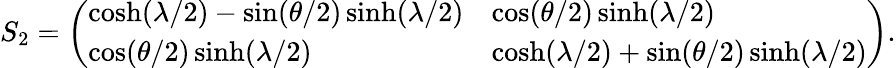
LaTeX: S_{2}=\left(\begin{array}{ll}{{\cosh(\lambda/2)-\sin(\theta/2)\sinh(\lambda/2)}}&{{\cos(\theta/2)\sinh(\lambda/2)}}\\ {{\cos(\theta/2)\sinh(\lambda/2)}}&{{\cosh(\lambda/2)+\sin(\theta/2)\sinh(\lambda/2)}}\end{array}\right).